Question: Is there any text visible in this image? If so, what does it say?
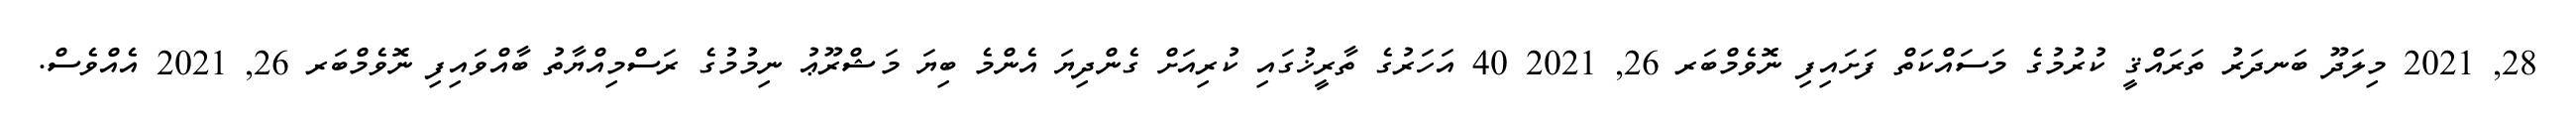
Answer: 28, 2021 މިލަދޫ ބަނދަރު ތަރައްޤީ ކުރުމުގެ މަސައްކަތް ފަށައިފި ނޮވެމްބަރ 26, 2021 40 އަހަރުގެ ތާރީޚުގައި ކުރިއަށް ގެންދިޔަ އެންމެ ބިޔަ މަޝްރޫޢު ނިމުމުގެ ރަސްމިއްޔާތު ބާއްވައިފި ނޮވެމްބަރ 26, 2021 އެއްވެސް.